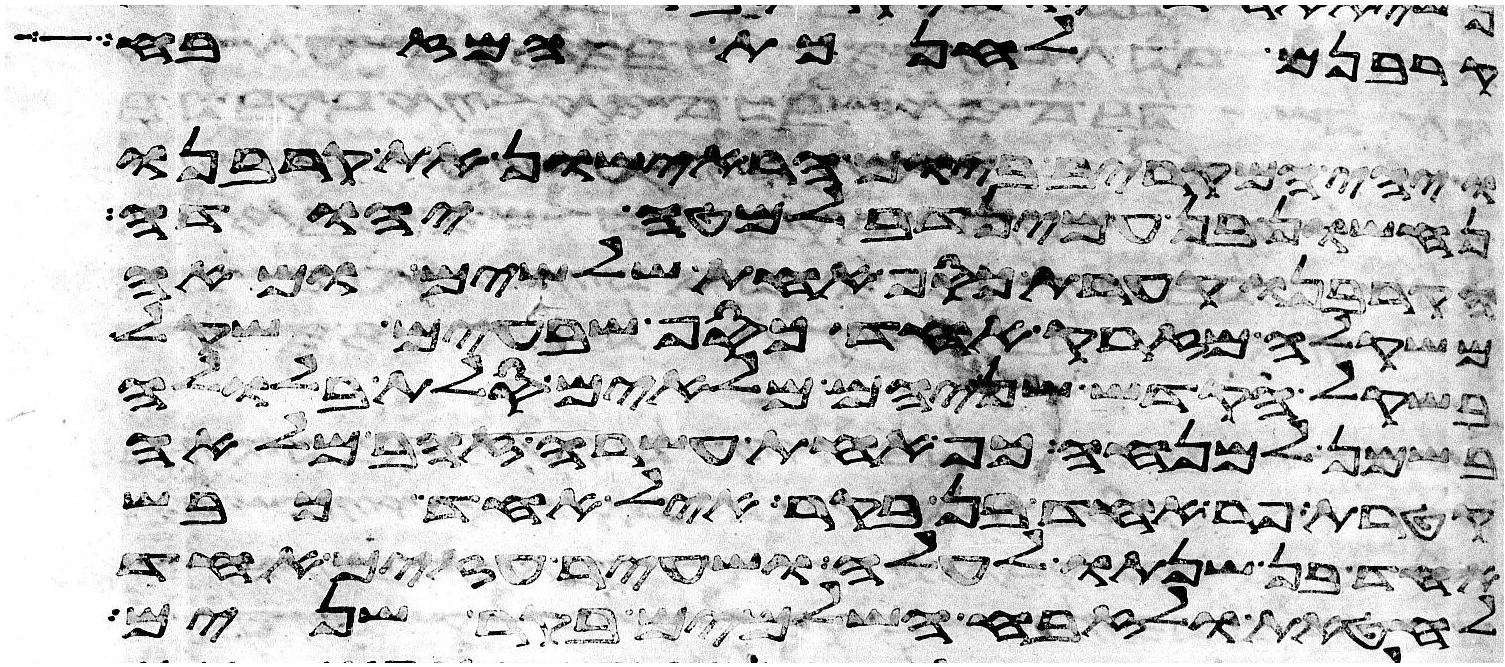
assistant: קרבנם לחנכת המזבח
ויהי המקריב ביום הראישון את קרבנו
נחשון בן עמינדב למטה יהודה
וקרבנו קערת כסף אחת שלשים ומאה
משקלה מזרק אחד כסף שבעים שקל
בשקל הקדש שניהם מלאים סלת בלולה
בשמן למנחה כף אחת עשרה זהב מלאה
קטרת פר אחד בן בקר איל אחד כבש
אחד בן שנתו לעלה ושעיר עזים אחד
לחטאת ולזבח השלמים בקר שנים